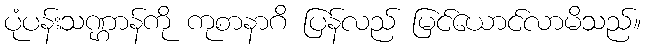
ပုံပန်းသဏ္ဌာန်ကို ကုစာနာဂိ ပြန်လည် မြင်ယောင်လာမိသည်။